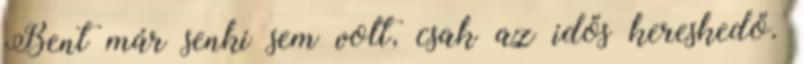
Bent már senki sem volt, csak az idős kereskedő.